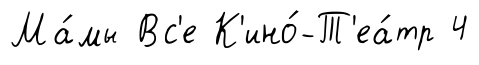
Ма́мы Вс'е К'ино́-Т'еа́тр 4